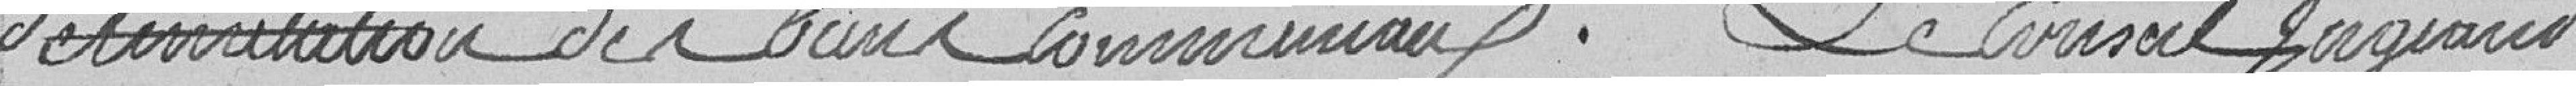
délimitation des biens communaux. Le Conseil jugeant